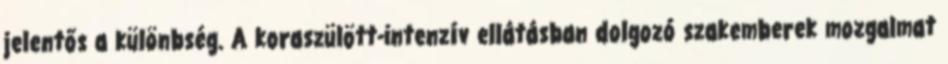
jelentős a különbség. A koraszülött-intenzív ellátásban dolgozó szakemberek mozgalmat